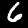
Label: 6